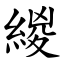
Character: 緵